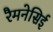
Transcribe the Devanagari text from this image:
रैमनेसिई